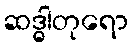
ဆဒ္ဓါတုရော